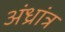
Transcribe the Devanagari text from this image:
अंध्रांत्र